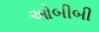
ઓબીબી